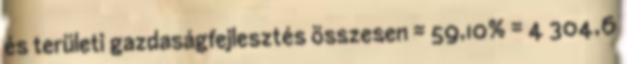
és területi gazdaságfejlesztés összesen = 59,10% = 4 304,6